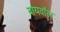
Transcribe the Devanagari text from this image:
बायवॉल